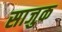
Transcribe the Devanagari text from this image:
साजुक